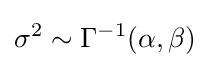
\sigma ^{2}\sim \Gamma ^{-1}(\alpha ,\beta )\!